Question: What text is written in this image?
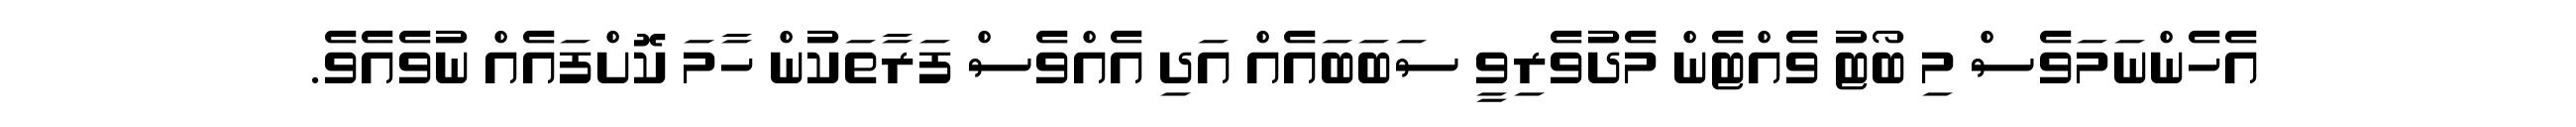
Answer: އެހެންނަމަވެސް މި ބޯޓު ވެއްޓެން މެދުވެރިވީ ސަބަބައެއް އަދި އެއްވެސް ފަރާތަކުން ހާމަ ކޮށްފައެއް ނުވެއެވެ.